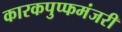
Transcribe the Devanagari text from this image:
कारकपुप्फमंजरी